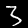
Label: 3